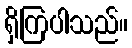
ရှိကြပါသည်။